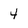
Character: 4